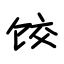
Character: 饺